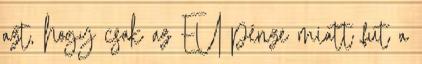
azt, hogy csak az EU pénze miatt fut a